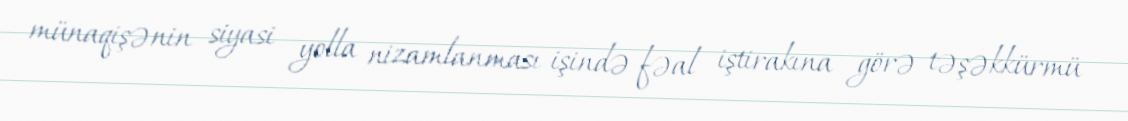
münaqişənin siyasi yolla nizamlanması işində fəal iştirakına görə təşəkkürmü